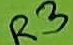
Text: R3